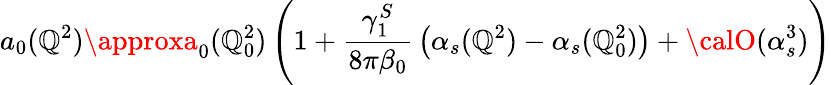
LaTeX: a_{0}(\mathbb{Q}^{2})\approxa_{0}(\mathbb{Q}_{0}^{2})\left(1+{\frac{{\gamma_{1}^{S}}}{{8\pi\beta_{0}}}}\left(\alpha_{s}(\mathbb{Q}^{2})-\alpha_{s}(\mathbb{Q}_{0}^{2})\right)+{\calO}(\alpha_{s}^{3})\right)